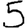
Digit: 5